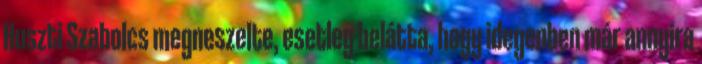
Huszti Szabolcs megneszelte, esetleg belátta, hogy idegenben már annyira